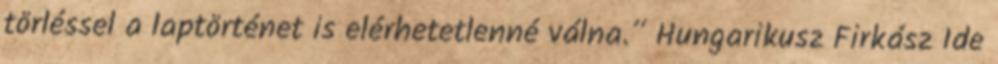
törléssel a laptörténet is elérhetetlenné válna.” Hungarikusz Firkász Ide